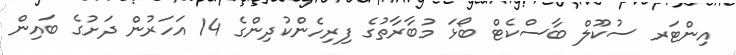
އިންޓަރ ސުކޫލް ބާސްކެޓް ބޯޅަ މުބާރާތުގެ ފިރިހެންކުދިންގެ 14 އަހަރުން ދަށުގެ ބައިން